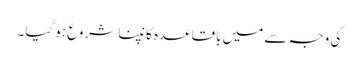
کی وجہ سے میں باقاعدہ کانپنا شروع ہو گیا۔